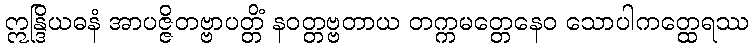
ဣန္ဒြိယဓနံ အာပဇ္ဇိတဗ္ဗာပတ္တိံ နဝတ္တဗ္ဗတာယ တက္ကမတ္တေနေဝ သောပါကတ္ထေရဿ